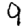
Digit: 9